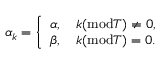
\alpha _ { k } = \left\{ \begin{array} { l l } { \alpha , \quad k ( \mathrm { m o d } T ) \not = 0 , } \\ { \beta , \quad k ( \mathrm { m o d } T ) = 0 . } \end{array} \right.